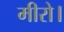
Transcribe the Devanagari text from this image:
मीरो।